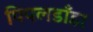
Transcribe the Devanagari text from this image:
पिपलडाँडा